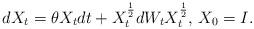
LaTeX: \begin{align*}dX_t=\theta X_tdt + X_t^{\frac{1}{2}}dW_tX_t^{\frac{1}{2}},\, X_0=I.\end{align*}